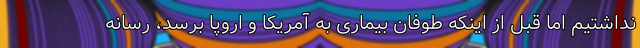
نداشتیم اما قبل از اینکه طوفان بیماری به آمریکا و اروپا برسد، رسانه